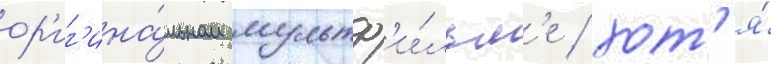
ор'иг'ина́льном мультф'и́льм'е / хот'я́